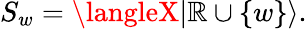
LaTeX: S_{w}=\langleX|\mathbb{R}\cup\{ w\} \rangle.